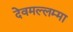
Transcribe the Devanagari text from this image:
देवमल्लम्मा